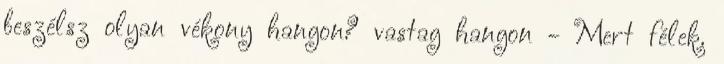
beszélsz olyan vékony hangon? vastag hangon - Mert félek.